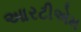
આરટીએમ